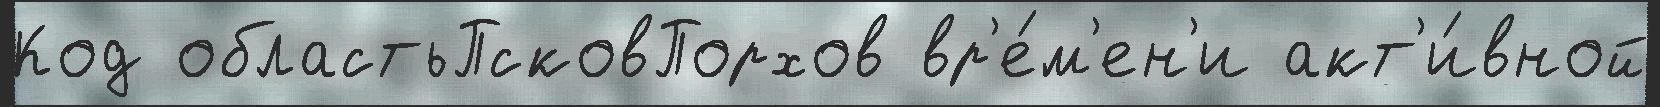
Код областьПсковПорхов вр'е́м'ен'и акт'и́вной